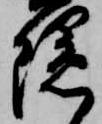
隠